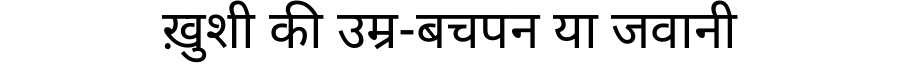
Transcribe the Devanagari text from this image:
ख़ुशी की उम्र-बचपन या जवानी